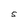
Character: S